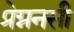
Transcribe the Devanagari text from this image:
प्रेग्ननसी